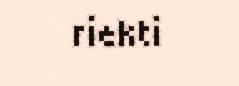
riekti